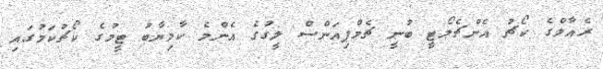
ރެއާލްގެ ކޯޗު އެންޗެލޯޓީ ބުނީ ޗެމްޕިއަންސް ލީގުގެ އެންމެ ކާމިޔާބު ޓީމުގެ ކޯޗުކަމުގައި